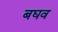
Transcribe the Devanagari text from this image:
बघव